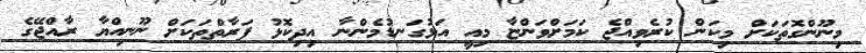
މިނޫންގޮތަކަށް މިކަން ކުރެވިއްޖެ ކަމަށްވަންޏާ މިއީ އަޅުގަނޑުމެންނާ އިދިކޮޅު ފަރާތްތަކަށް ނޫނިއްޔާ ރާއްޖޭގެ